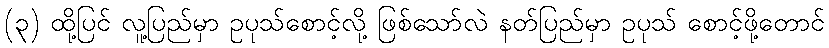
(၃) ထို့ပြင် လူ့ပြည်မှာ ဥပုသ်စောင့်လို့ ဖြစ်သော်လဲ နတ်ပြည်မှာ ဥပုသ် စောင့်ဖို့တောင်